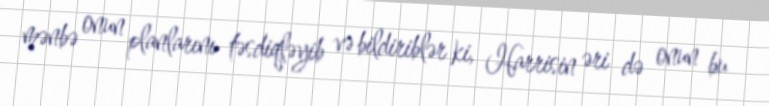
mənbə onun planlarını təsdiqləyib və bildiriblər ki, Harrisin əri də onun bu